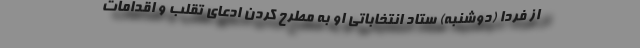
از فردا (دوشنبه) ستاد انتخاباتی او به مطرح کردن ادعای تقلب و اقدامات